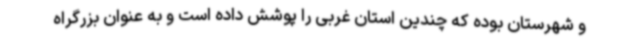
و شهرستان بوده که چندین استان غربی را پوشش داده است و به عنوان بزرگراه